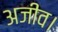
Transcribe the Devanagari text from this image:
अजीव।